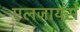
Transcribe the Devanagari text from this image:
एलजायर्स